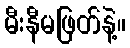
မီးနီမဖြတ်နဲ့။